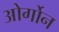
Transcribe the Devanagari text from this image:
ओर्गोन